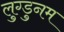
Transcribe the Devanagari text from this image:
लुग्डुनम